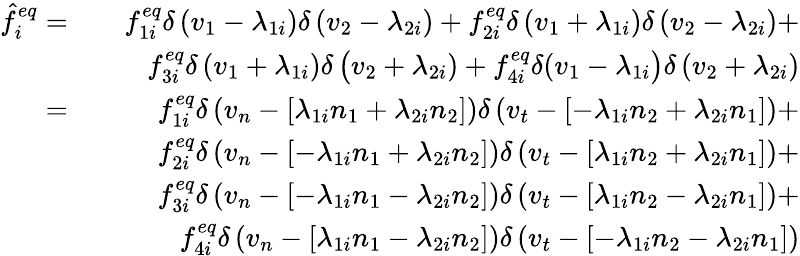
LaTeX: \begin{array}{rlr}{\hat{f}_{i}^{eq}=}&{}&{f_{1i}^{eq}\delta\left(v_{1}-\lambda_{1i}\right)\delta\left(v_{2}-\lambda_{2i}\right)+f_{2i}^{eq}\delta\left(v_{1}+\lambda_{1i}\right)\delta\left(v_{2}-\lambda_{2i}\right)+}\\ &{}&{f_{3i}^{eq}\delta\left(v_{1}+\lambda_{1i}\right)\delta\left(v_{2}+\lambda_{2i})+f_{4i}^{eq}\delta(v_{1}-\lambda_{1i}\right)\delta\left(v_{2}+\lambda_{2i}\right)}\\ {=}&{}&{f_{1i}^{eq}\delta\left(v_{n}-\left[\lambda_{1i}n_{1}+\lambda_{2i}n_{2}\right]\right)\delta\left(v_{t}-\left[-\lambda_{1i}n_{2}+\lambda_{2i}n_{1}\right]\right)+}\\ &{}&{f_{2i}^{eq}\delta\left(v_{n}-\left[-\lambda_{1i}n_{1}+\lambda_{2i}n_{2}\right]\right)\delta\left(v_{t}-\left[\lambda_{1i}n_{2}+\lambda_{2i}n_{1}\right]\right)+}\\ &{}&{f_{3i}^{eq}\delta\left(v_{n}-\left[-\lambda_{1i}n_{1}-\lambda_{2i}n_{2}\right]\right)\delta\left(v_{t}-\left[\lambda_{1i}n_{2}-\lambda_{2i}n_{1}\right]\right)+}\\ &{}&{f_{4i}^{eq}\delta\left(v_{n}-\left[\lambda_{1i}n_{1}-\lambda_{2i}n_{2}\right]\right)\delta\left(v_{t}-\left[-\lambda_{1i}n_{2}-\lambda_{2i}n_{1}\right]\right)}\end{array}